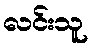
လင်းသူ